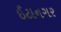
ઈટાનગર